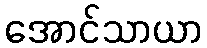
အောင်သာယာ